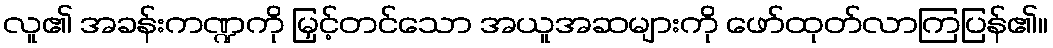
လူ၏ အခန်းကဏ္ဍကို မြှင့်တင်သော အယူအဆများကို ဖော်ထုတ်လာကြပြန်၏။